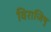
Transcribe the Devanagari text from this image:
विराजिषु